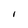
Character: I